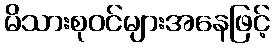
မိသားစုဝင်များအနေဖြင့်